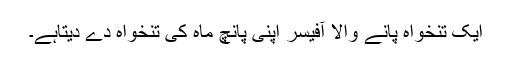
ایک تنخواہ پانے والا آفیسر اپنی پانچ ماہ کی تنخواہ دے دیتاہے۔